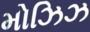
મોઝિઝ